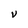
Character: V